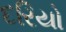
દરિયો